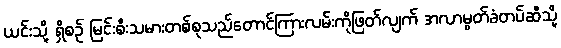
ယင်းသို့ ရှိစဉ် မြင်းစီးသမားတစ်စုသည်တောင်ကြားလမ်းကိုဖြတ်လျက် အလာမွတ်ခံတပ်ဆီသို့